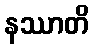
နဿာတိ